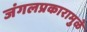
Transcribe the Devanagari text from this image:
जंगलप्रकारामुळे